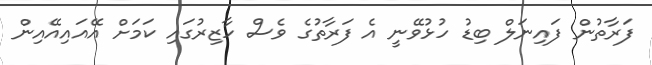
ފަރާތުން ފައިނަލް ބިޑު ހުޅުވޭނީ އެ ފަރާތުގެ ވެސް ހާޒިރުގައި ކަމަށް އޭއައިއޭއިން